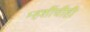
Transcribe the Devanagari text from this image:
म्हशींचीही